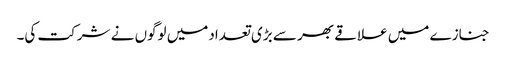
جنازے میں علاقے بھر سے بڑی تعدادمیں لوگوں نے شرکت کی۔